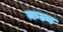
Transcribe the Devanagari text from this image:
क़ल्ब